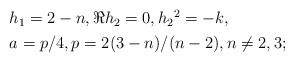
LaTeX: \begin{align*}\begin{aligned}&h_1=2-n,\Re h_2=0,h_2{}^2=-k,\\&a=p/4,p=2(3-n)/(n-2),n\neq 2,3 ;\end{aligned}\end{align*}